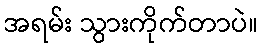
အရမ်း သွားကိုက်တာပဲ။